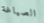
الصياغة